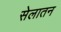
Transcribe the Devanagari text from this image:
सेलातन